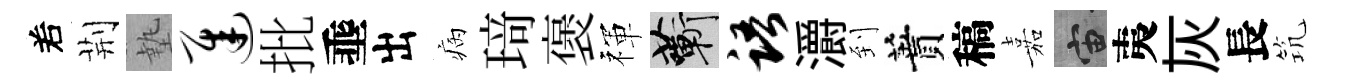
𠰥荆墊迟批埀出病𤦺褒禈蔪语灂到蕡稿嘉宙夷灰長𥬑